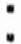
: